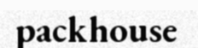
packhouse